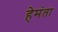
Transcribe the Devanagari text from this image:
हेमंता